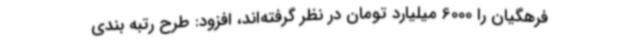
فرهگیان را 6000 میلیارد تومان در نظر گرفته‌اند، افزود: طرح رتبه بندی